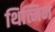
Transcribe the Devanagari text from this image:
थित्मिन